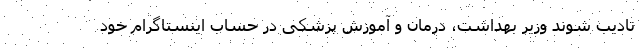
تادیب شوند وزیر بهداشت، درمان و آموزش پزشکی در حساب اینستاگرام خود